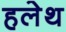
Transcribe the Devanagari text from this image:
हलेथ